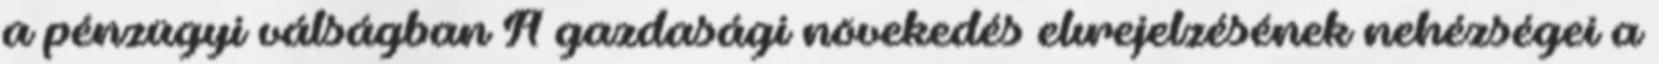
a pénzügyi válságban A gazdasági növekedés elırejelzésének nehézségei a